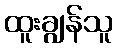
ထူးချွန်သူ